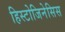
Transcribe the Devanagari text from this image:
हिस्टोजिनेसिस